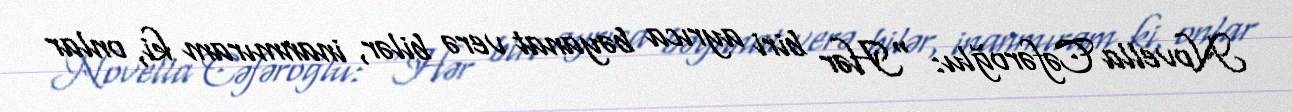
Novella Cəfəroğlu: “Hər biri ayrıca bəyanat verə bilər, inanmıram ki, onlar